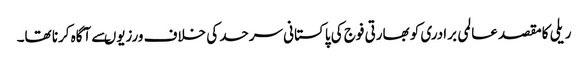
ریلی کامقصد عالمی برادری کو بھارتی فوج کی پاکستانی سرحد کی خلاف ورزیوںسے آگاہ کرنا تھا۔